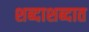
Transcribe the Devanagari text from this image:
शब्दाशब्दात